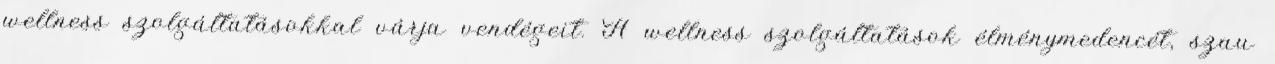
wellness szolgáltatásokkal várja vendégeit. A wellness szolgáltatások élménymedencét, szau